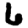
Digit: 6